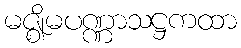
မဇ္ဈိမပဏ္ဏာသဋ္ဌကထာ